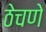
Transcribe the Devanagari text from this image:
ठेचणे